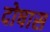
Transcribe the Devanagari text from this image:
दोषास